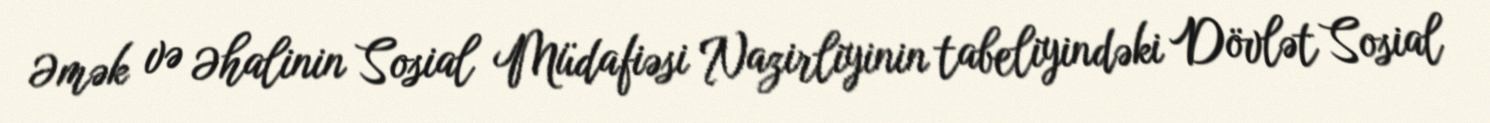
Əmək və Əhalinin Sosial Müdafiəsi Nazirliyinin tabeliyindəki Dövlət Sosial